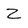
Character: Z